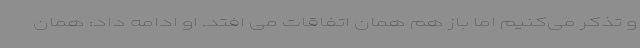
و تذکر می‌کنیم اما باز هم همان اتفاقات می افتد. او ادامه داد: همان